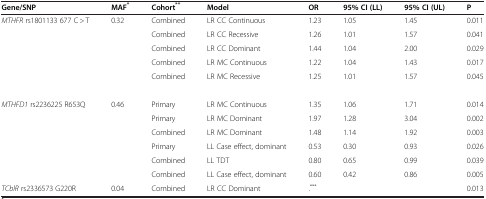
<table><thead><tr><td><b>Gene/SNP</b></td><td><b>MAF<sup>*</sup></b></td><td><b>Cohort<sup>**</sup></b></td><td><b>Model</b></td><td><b>OR</b></td><td><b>95% CI (LL)</b></td><td><b>95% CI (UL)</b></td><td><b>P</b></td></tr></thead><tbody><tr><td><i>MTHFR</i> rs1801133 677 C &gt; T</td><td>0.32</td><td>Combined</td><td>LR CC Continuous</td><td>1.23</td><td>1.05</td><td>1.45</td><td>0.011</td></tr><tr><td> </td><td> </td><td>Combined</td><td>LR CC Recessive</td><td>1.26</td><td>1.01</td><td>1.57</td><td>0.041</td></tr><tr><td> </td><td> </td><td>Combined</td><td>LR CC Dominant</td><td>1.44</td><td>1.04</td><td>2.00</td><td>0.029</td></tr><tr><td> </td><td> </td><td>Combined</td><td>LR MC Continuous</td><td>1.22</td><td>1.04</td><td>1.43</td><td>0.017</td></tr><tr><td> </td><td> </td><td>Combined</td><td>LR MC Recessive</td><td>1.25</td><td>1.01</td><td>1.57</td><td>0.045</td></tr><tr><td> </td><td> </td><td> </td><td> </td><td> </td><td> </td><td> </td><td> </td></tr><tr><td><i>MTHFD1</i> rs2236225 R653Q</td><td>0.46</td><td>Primary</td><td>LR MC Continuous</td><td>1.35</td><td>1.06</td><td>1.71</td><td>0.014</td></tr><tr><td> </td><td> </td><td>Primary</td><td>LR MC Dominant</td><td>1.97</td><td>1.28</td><td>3.04</td><td>0.002</td></tr><tr><td> </td><td> </td><td>Combined</td><td>LR MC Dominant</td><td>1.48</td><td>1.14</td><td>1.92</td><td>0.003</td></tr><tr><td> </td><td> </td><td>Primary</td><td>LL Case effect, dominant</td><td>0.53</td><td>0.30</td><td>0.93</td><td>0.026</td></tr><tr><td> </td><td> </td><td>Combined</td><td>LL TDT</td><td>0.80</td><td>0.65</td><td>0.99</td><td>0.039</td></tr><tr><td> </td><td> </td><td>Combined</td><td>LL Case effect, dominant</td><td>0.60</td><td>0.42</td><td>0.86</td><td>0.005</td></tr><tr><td><i>TCblR</i> rs2336573 G220R</td><td>0.04</td><td>Combined</td><td>LR CC Dominant</td><td>.<sup>***</sup></td><td> </td><td> </td><td>0.013</td></tr></tbody></table>